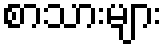
စာသားများ